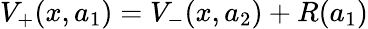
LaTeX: V_{+}(x,a_{1})=V_{-}(x,a_{2})+R(a_{1})